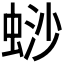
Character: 𬠋